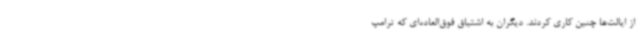
از ایالت‌ها چنین کاری کردند. دیگران به اشتیاق فوق‌العاده‌ای که ترامپ